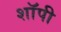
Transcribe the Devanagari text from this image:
शाॅपी